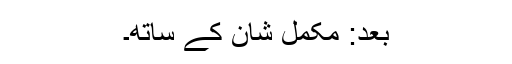
بعد: مکمل شان کے ساتھ۔